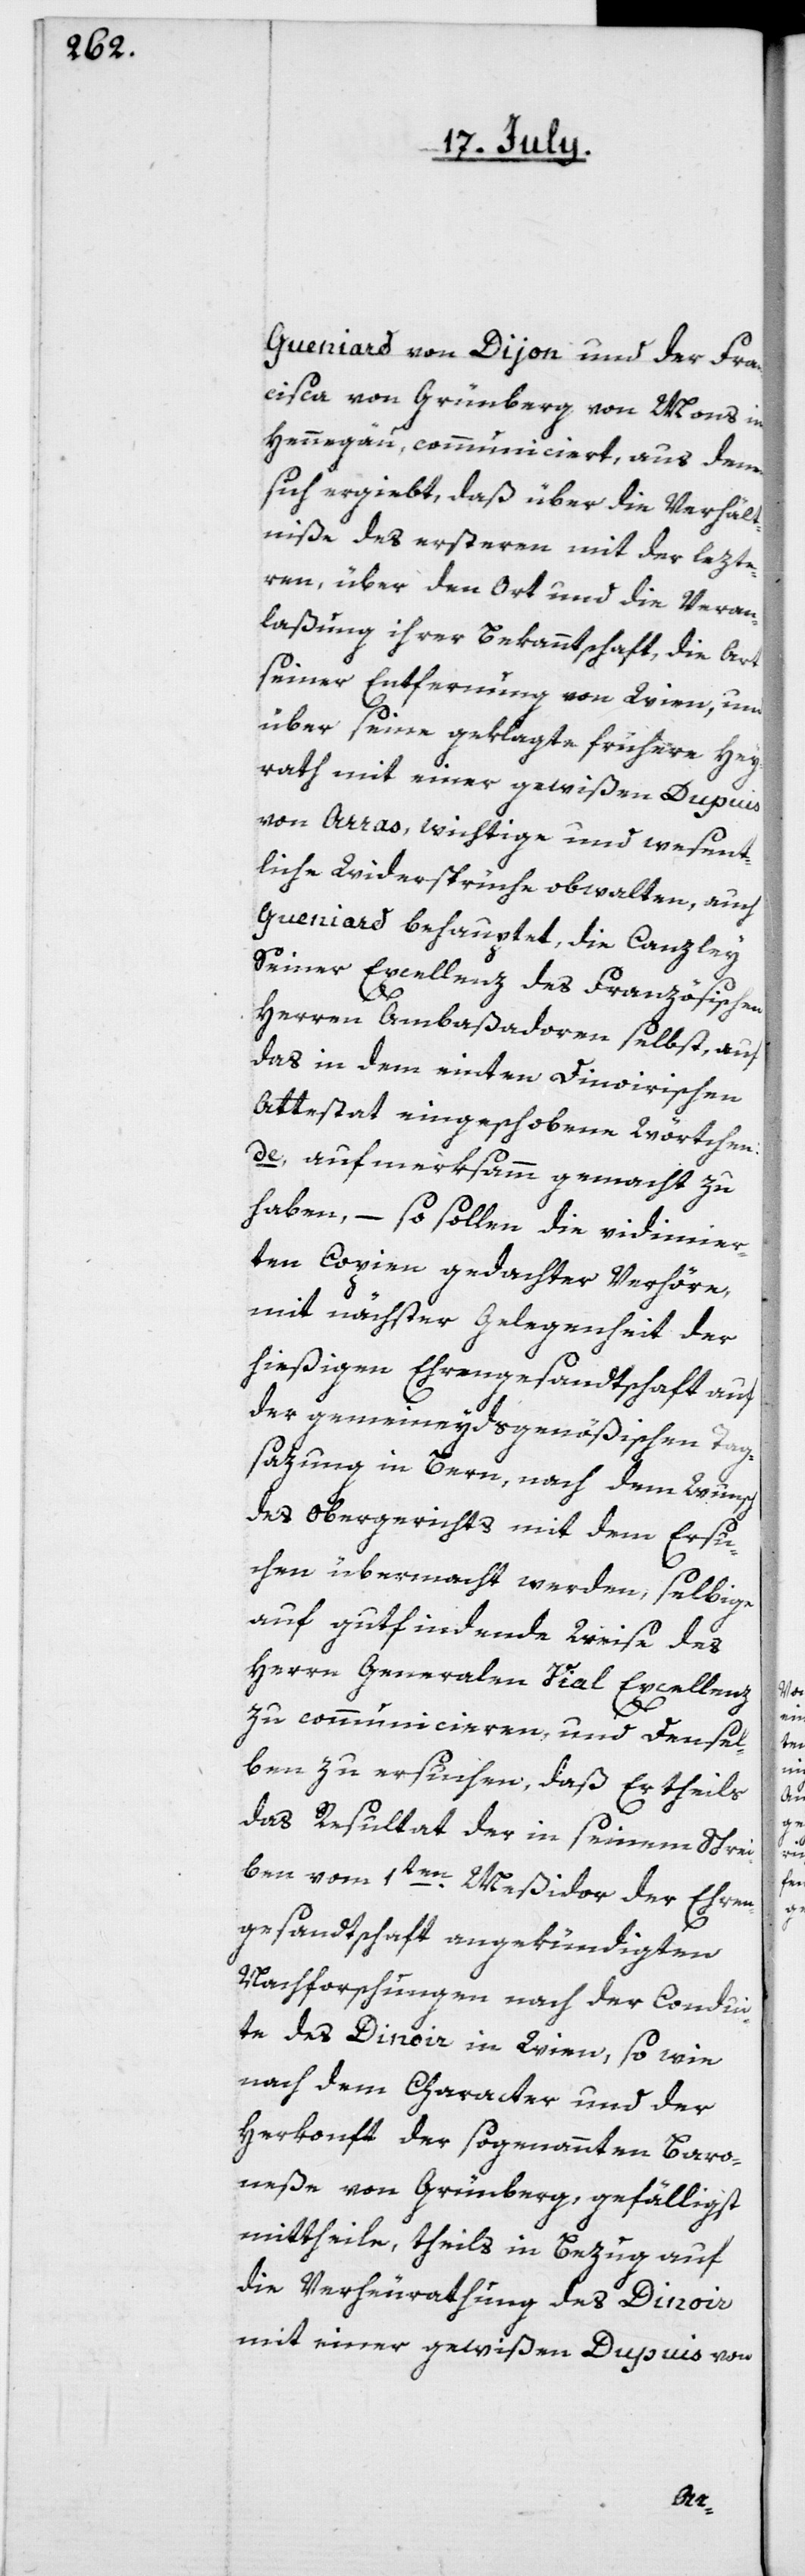
Gueniard von Dijon und der Fran¬
cisca von Grünberg von Mons im
Hennegäu, communiciert, aus denen
sich ergiebt, daß über die Verhält¬
niße des ersteren mit der lezte¬
ren, über den Ort und die Veran¬
laßung ihrer Bekanntschaft, die Art
seiner Entfernung von Wien, und
über seine geklagte frühere Hey¬
rath mit einer gewißen Dupuis
tliche Widersprüche obwalten, auch
Gueniard behauptet, die Canzley
seiner Excellenz des Französischen
Herren Ambaßadoren selbst, auf
das in dem einten Dinoirischen
Attestat eingeschobene Wörtchen:
de aufmerksamm gemacht zu
haben, – so sollen die vidimier¬
ten Copien gedachter Verhöre,
mit nächster Gelegenheit der
hießigen Ehrengesandtschaft auf
der gemeineydsgenößischen Tag¬
sazung in Bern, nach dem Wunsch
des Obergerichts mit dem Ersu¬
chen übermacht werden, selbige
auf gutfindende Weise des
Herrn Generalen Vial Excellenz
zu communicieren, und densel¬
ben zu ersuchen, daß Er theils
das Resultat der in seinem Schrei¬
ben vom 1ten Meßidor der Ehren¬
gesandtschaft angekündigten
Nachforschungen nach der Condui¬
te des Dinoir in Wien, so wie
nach dem Character und der
Herkonft der sogenannten Baro¬
neße von Grünberg, gefälligst
mittheile, theils in Bezug auf
die Verheurathung des Dinoir
mit einer gewißen Dupuis von
wesen¬